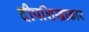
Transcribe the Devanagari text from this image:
दीपशिखाकार